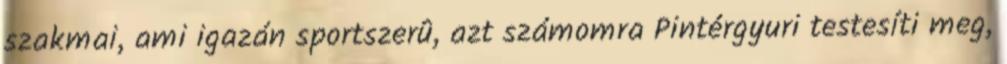
szakmai, ami igazán sportszerû, azt számomra Pintérgyuri testesíti meg,